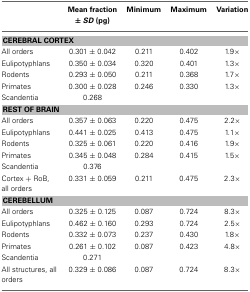
<table><thead><tr><td></td><td><b>Mean fraction ± <i>SD</i> (pg)</b></td><td><b>Minimum</b></td><td><b>Maximum</b></td><td><b>Variation</b></td></tr></thead><tbody><tr><td colspan="5"><b>CEREBRAL CORTEX</b></td></tr><tr><td>All orders</td><td>0.301 ± 0.042</td><td>0.211</td><td>0.402</td><td>1.9×</td></tr><tr><td>Eulipotyphlans</td><td>0.350 ± 0.034</td><td>0.320</td><td>0.401</td><td>1.3×</td></tr><tr><td>Rodents</td><td>0.293 ± 0.050</td><td>0.211</td><td>0.368</td><td>1.7×</td></tr><tr><td>Primates</td><td>0.300 ± 0.028</td><td>0.246</td><td>0.330</td><td>1.3×</td></tr><tr><td>Scandentia</td><td>0.268</td><td></td><td></td><td></td></tr><tr><td colspan="5"><b>REST OF BRAIN</b></td></tr><tr><td>All orders</td><td>0.357 ± 0.063</td><td>0.220</td><td>0.475</td><td>2.2×</td></tr><tr><td>Eulipotyphlans</td><td>0.441 ± 0.025</td><td>0.413</td><td>0.475</td><td>1.1×</td></tr><tr><td>Rodents</td><td>0.325 ± 0.061</td><td>0.220</td><td>0.416</td><td>1.9×</td></tr><tr><td>Primates</td><td>0.345 ± 0.048</td><td>0.284</td><td>0.415</td><td>1.5×</td></tr><tr><td>Scandentia</td><td>0.376</td><td></td><td></td><td></td></tr><tr><td>Cortex + RoB, all orders</td><td>0.331 ± 0.059</td><td>0.211</td><td>0.475</td><td>2.3×</td></tr><tr><td colspan="5"><b>CEREBELLUM</b></td></tr><tr><td>All orders</td><td>0.325 ± 0.125</td><td>0.087</td><td>0.724</td><td>8.3×</td></tr><tr><td>Eulipotyphlans</td><td>0.462 ± 0.160</td><td>0.293</td><td>0.724</td><td>2.5×</td></tr><tr><td>Rodents</td><td>0.332 ± 0.073</td><td>0.237</td><td>0.430</td><td>1.8×</td></tr><tr><td>Primates</td><td>0.261 ± 0.102</td><td>0.087</td><td>0.423</td><td>4.8×</td></tr><tr><td>Scandentia</td><td>0.271</td><td></td><td></td><td></td></tr><tr><td>All structures, all orders</td><td>0.329 ± 0.086</td><td>0.087</td><td>0.724</td><td>8.3×</td></tr></tbody></table>